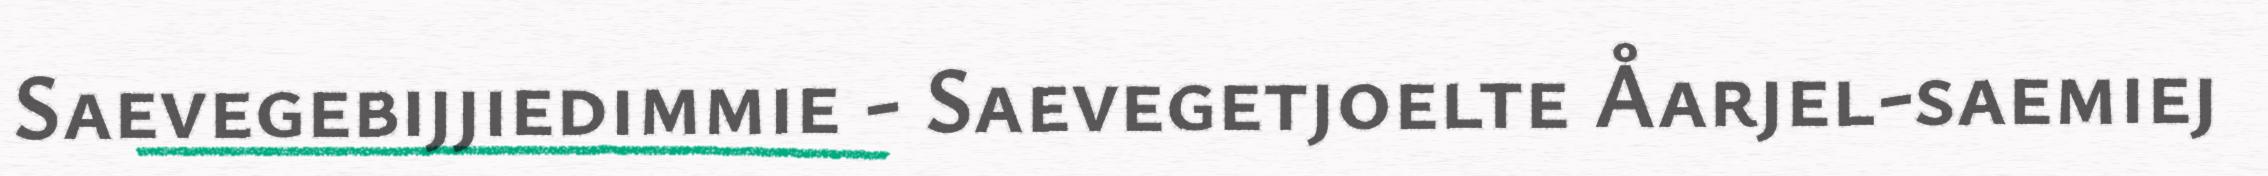
Saevegebijjiedimmie - Saevegetjoelte Åarjel-saemiej